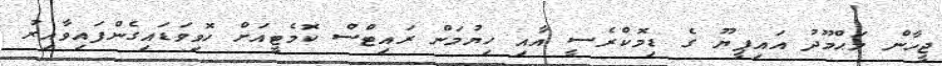
ޖީހާން މަޙްމޫދު އައިޕީޔޫ ގެ ޑިމޮކްރެސީ އާއި ހިޔުމަން ރައިޓްސް ކޮމެޓީއަށް ހޮވިވަޑައިގެންފައިވާއިރު